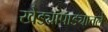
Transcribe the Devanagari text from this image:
खेड्यापाड्यातले